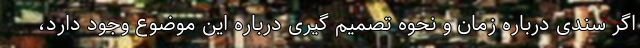
اگر سندی درباره زمان و نحوه تصمیم گیری درباره این موضوع وجود دارد،